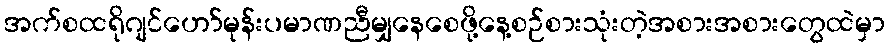
အက်စထရိုဂျင်ဟော်မုန်းပမာဏညီမျှနေစေဖို့နေ့စဉ်စားသုံးတဲ့အစားအစားတွေထဲမှာ